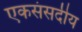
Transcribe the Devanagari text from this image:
एकसंसदीय